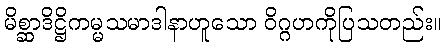
မိစ္ဆာဒိဋ္ဌိကမ္မသမာဒါနာဟူသော ဝိဂ္ဂဟကိုပြသတည်း။